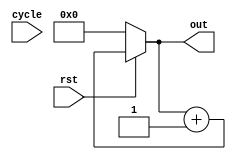
module programCounter( cycle, rst, out);
input cycle;
input rst;
output reg [7:0] out;


always@(cycle)
begin
if (!rst)
	out = 8'b0;

else
	out = out+8'b1;

end

endmodule